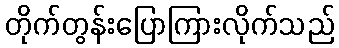
တိုက်တွန်းပြောကြားလိုက်သည်